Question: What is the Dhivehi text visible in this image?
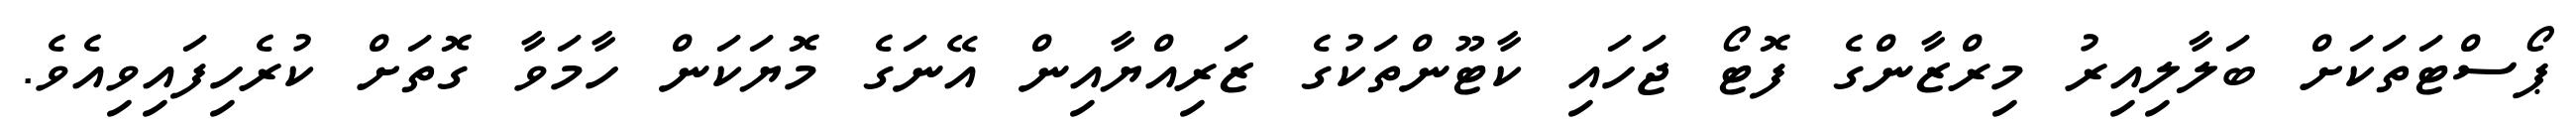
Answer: ޕޯސްޓަތަކަށް ބަލާލިއިރު މިރްޒާންގެ ފޮޓޯ ޖަހައި ކާޓޫންތަކުގެ ޒަރިއްޔާއިން އޭނަގެ މޮޔަކަން ހާމަވާ ގޮތަށް ކުރެހިފައިވިއެވެ.